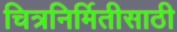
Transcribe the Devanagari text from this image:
चित्रनिर्मितीसाठी